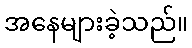
အနေများခဲ့သည်။